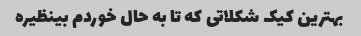
بهترین کیک شکلاتی که تا به حال خوردم بینظیره